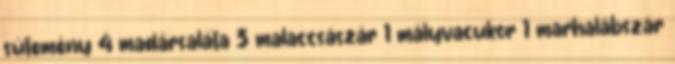
sütemény 4 madársaláta 3 malaccsászár 1 mályvacukor 1 marhalábszár